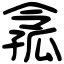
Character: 𡦈